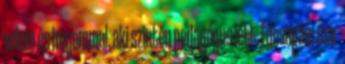
velem és húgommal, aki szintén pedagógus lett. Édesapám már